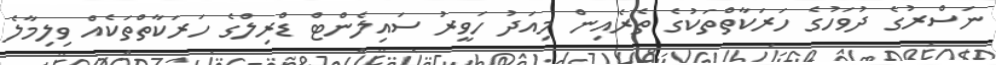
ނަސްރުގެ ދުވަހުގެ ހަރަކާތްތަކުގެ ތެރެއިން މިއަދު ހަވީރު ސައިލެންޓް ޑްރިލްގެ ހަރަކާތްތަކެއް ވިލިމާލެ